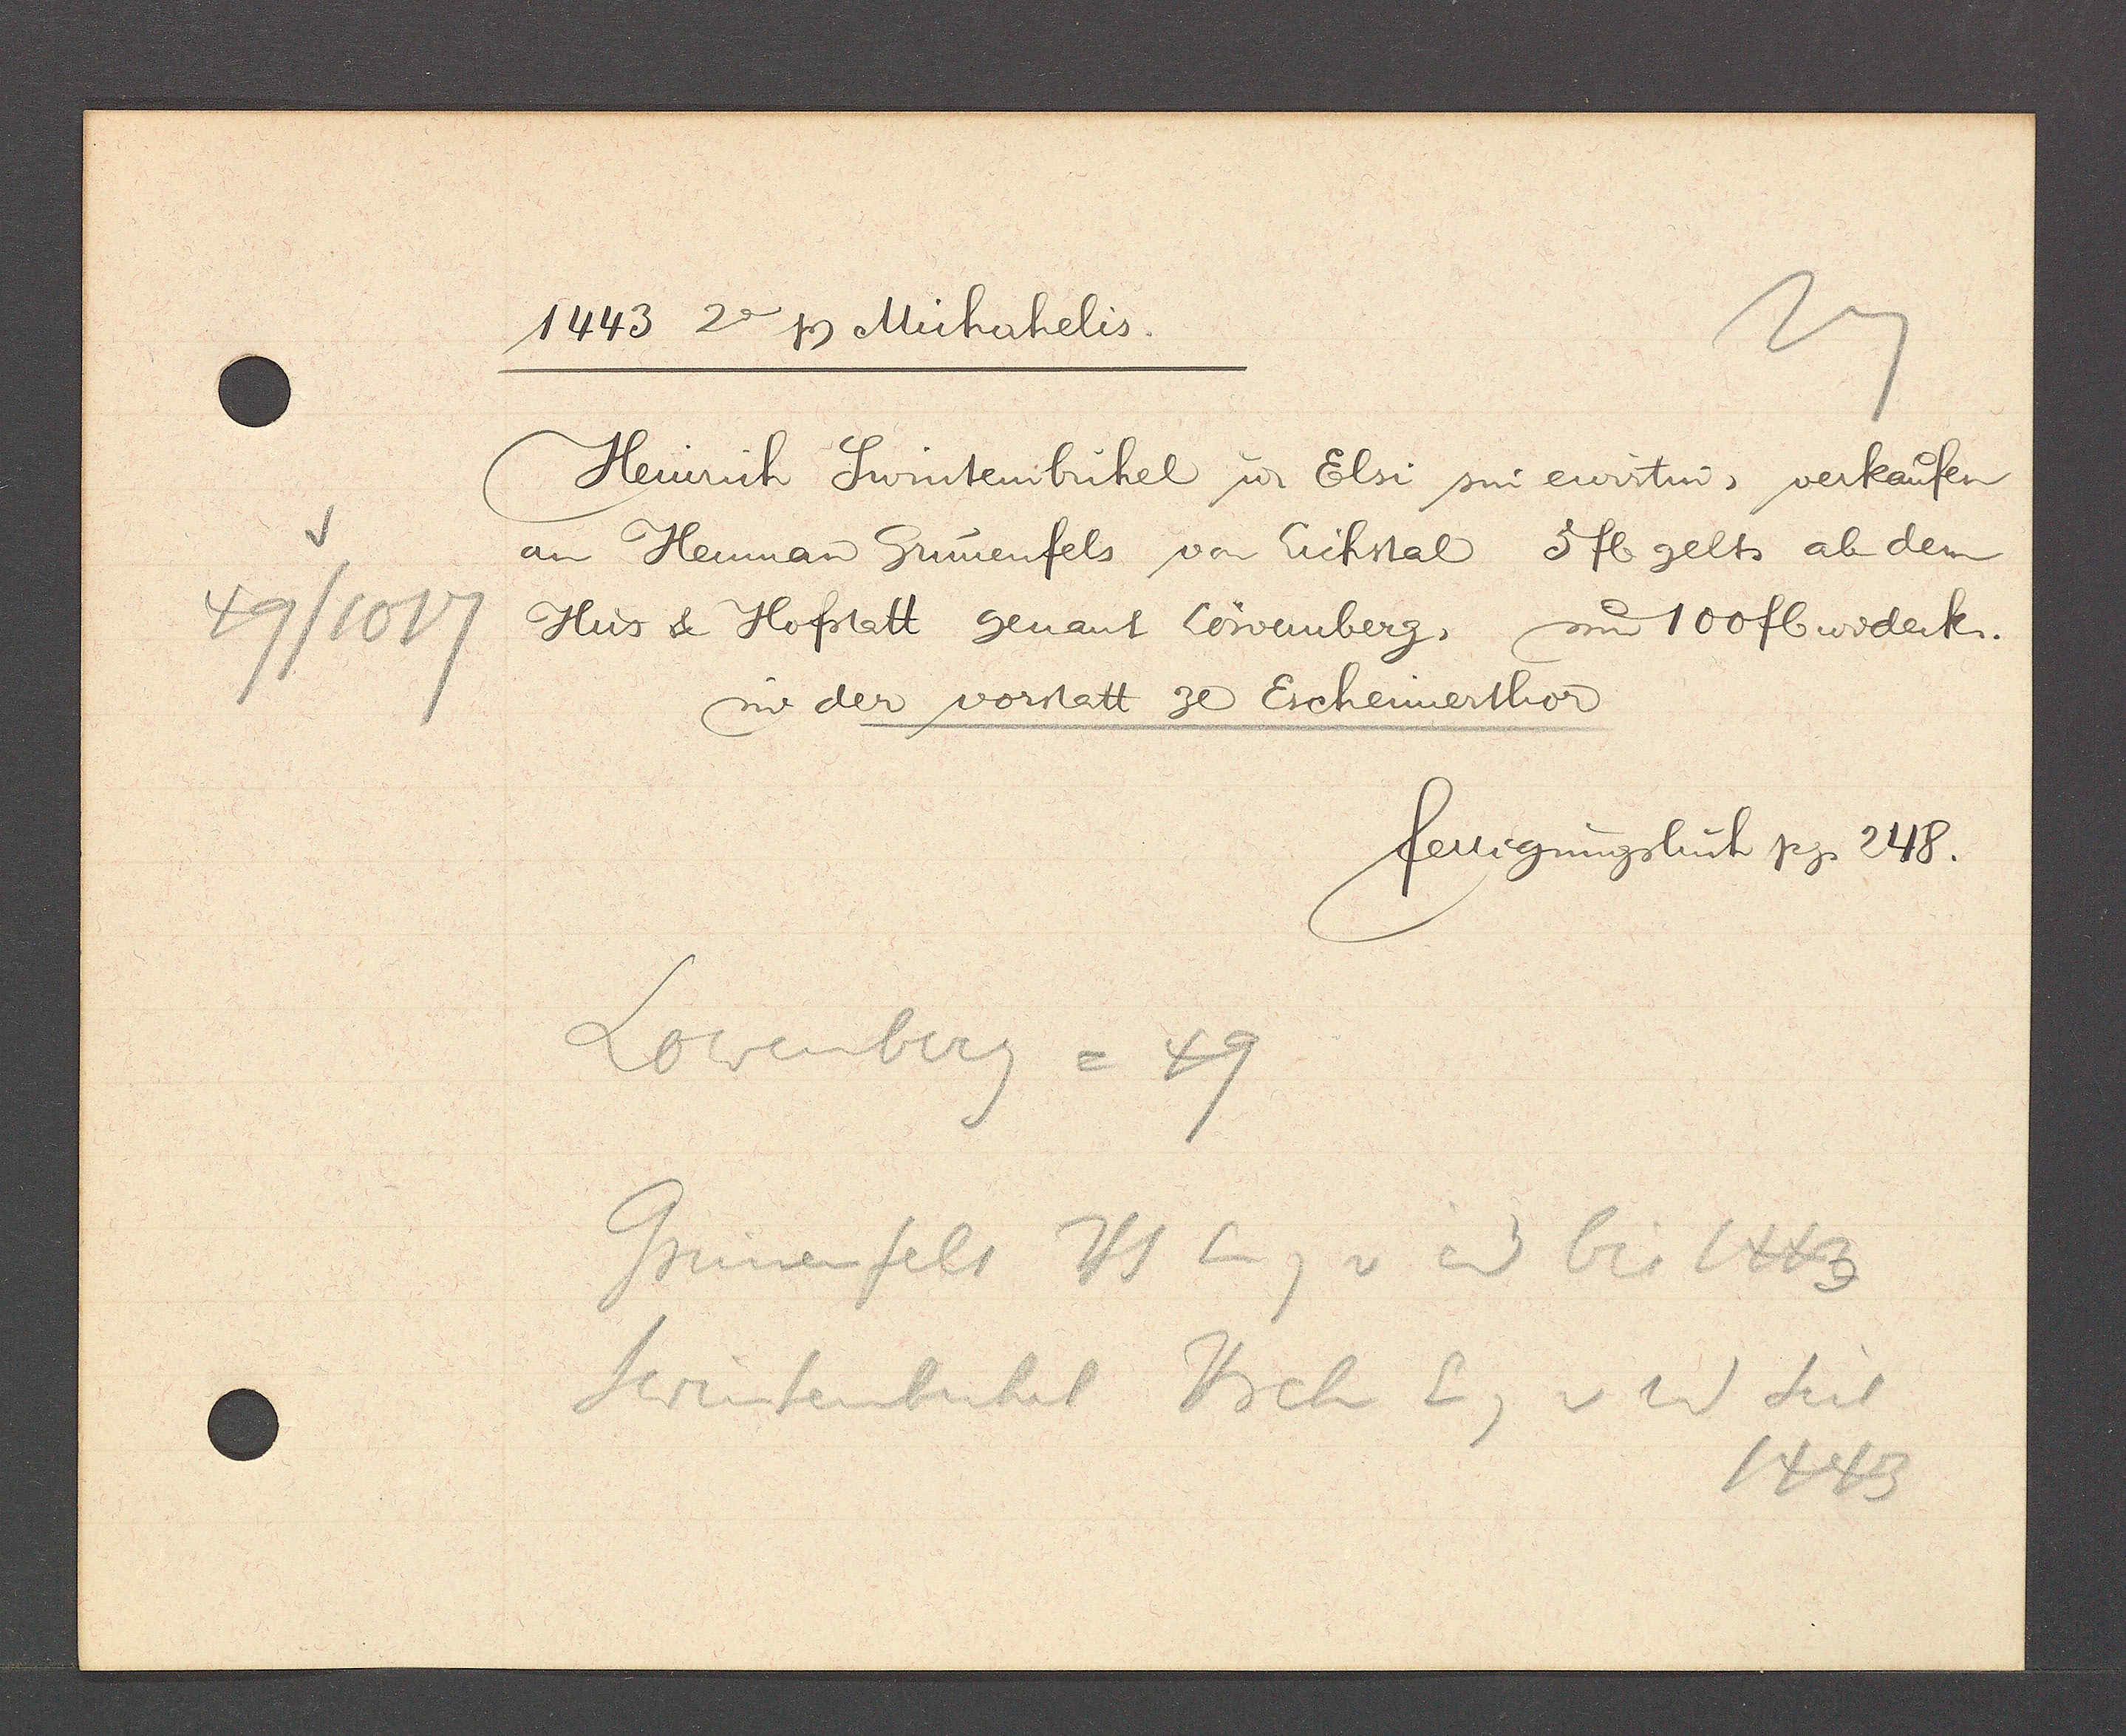
Transcript:
49/1017

1443 2a Ƿ Michahelis.

Heinrich Swintenbühel u Elsi sin ewirtin, verkaufen
an Heuman Grünenfels von Eichstal 5 fl gelts ab dem
Hus & Hofstatt genant Löwenberg, um 100 fl. widerk.
in der vorstatt ze Eschennerthor

fertigungsbuch pg. 248.

Lowenberg = 49
Grünenfels Hs Eig v id bis 1443
Swintenbuhel Hrch Eig v id seit
1443